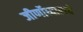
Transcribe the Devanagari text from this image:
जीर्णोध्दाराचे